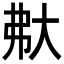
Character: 𡗻